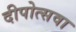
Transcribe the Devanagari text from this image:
दीपोत्सवा